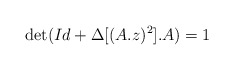
\begin{align*}\det (Id+\Delta [(A.z)^2].A)=1\end{align*}